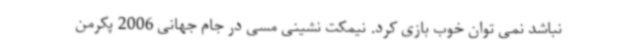
نباشد نمی توان خوب بازی کرد. نیمکت نشینی مسی در جام جهانی 2006 پکرمن